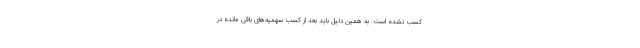
کسب نشده است. به همین دلیل باید بعد از کسب سهمیه‌های باقی مانده در